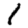
Digit: 1